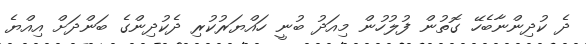
ދެ ކުދިންނާބެހޭ ގޮތުން ފުލުހުން މިއަދު ބުނީ ހައްޔަރުކުރި ދެކުދިންގެ ބަންދަށް އިއްޔެ